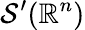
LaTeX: {\mathcal{S}}^{\prime}(\mathbb{R}^{n})